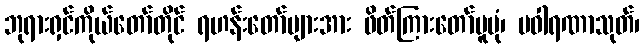
ဘုရားရှင်ကိုယ်တော်တိုင် ရဟန်းတော်များအား ဖိတ်ကြားတော်မူပုံ၊ ပဝါရဏာသုတ်၊